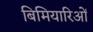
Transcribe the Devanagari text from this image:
बिमियारिओं